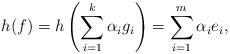
LaTeX: \begin{align*}h(f)=h\left(\sum_{i=1}^k\alpha_ig_i\right)=\sum_{i=1}^m\alpha_ie_i,\end{align*}